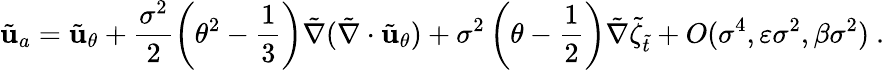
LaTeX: \tilde{\mathbf{u}}_{a}=\tilde{\mathbf{u}}_{\theta}+\frac{\sigma^{2}}{2}\left(\theta^{2}-\frac{1}{3}\right)\tilde{\nabla}(\tilde{\nabla}\cdot\tilde{\mathbf{u}}_{\theta})+\sigma^{2}\left(\theta-\frac{1}{2}\right)\tilde{\nabla}\tilde{\zeta}_{\tilde{t}}+O(\sigma^{4},\varepsilon\sigma^{2},\beta\sigma^{2})\ .